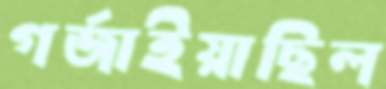
গর্জাইয়াছিল